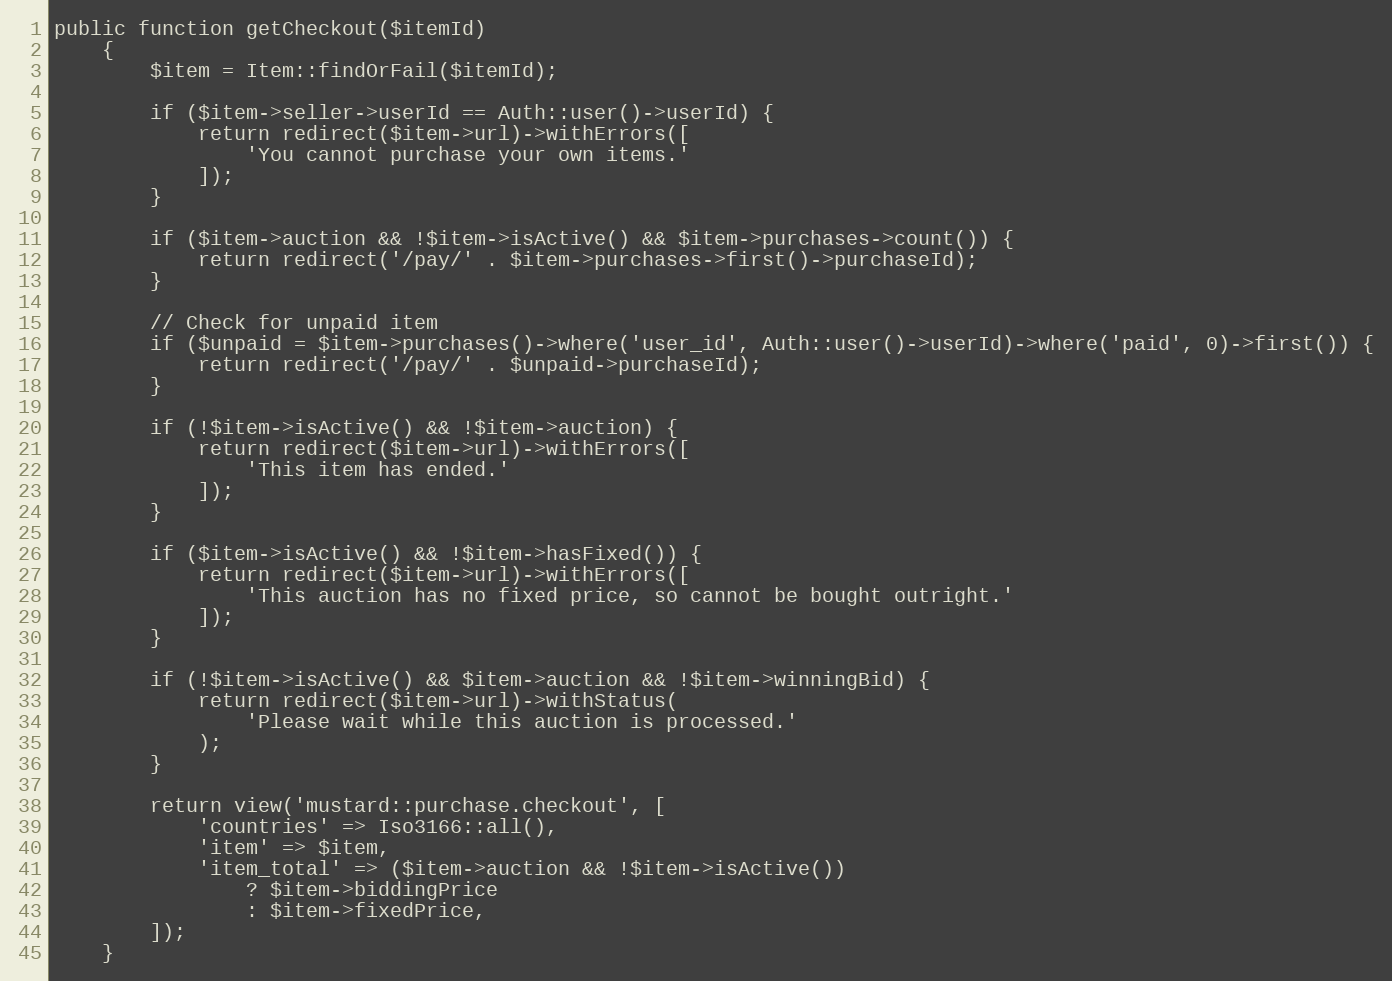
Language: PHP
public function getCheckout($itemId)
    {
        $item = Item::findOrFail($itemId);

        if ($item->seller->userId == Auth::user()->userId) {
            return redirect($item->url)->withErrors([
                'You cannot purchase your own items.'
            ]);
        }

        if ($item->auction && !$item->isActive() && $item->purchases->count()) {
            return redirect('/pay/' . $item->purchases->first()->purchaseId);
        }

        // Check for unpaid item
        if ($unpaid = $item->purchases()->where('user_id', Auth::user()->userId)->where('paid', 0)->first()) {
            return redirect('/pay/' . $unpaid->purchaseId);
        }

        if (!$item->isActive() && !$item->auction) {
            return redirect($item->url)->withErrors([
                'This item has ended.'
            ]);
        }

        if ($item->isActive() && !$item->hasFixed()) {
            return redirect($item->url)->withErrors([
                'This auction has no fixed price, so cannot be bought outright.'
            ]);
        }

        if (!$item->isActive() && $item->auction && !$item->winningBid) {
            return redirect($item->url)->withStatus(
                'Please wait while this auction is processed.'
            );
        }

        return view('mustard::purchase.checkout', [
            'countries' => Iso3166::all(),
            'item' => $item,
            'item_total' => ($item->auction && !$item->isActive())
                ? $item->biddingPrice
                : $item->fixedPrice,
        ]);
    }